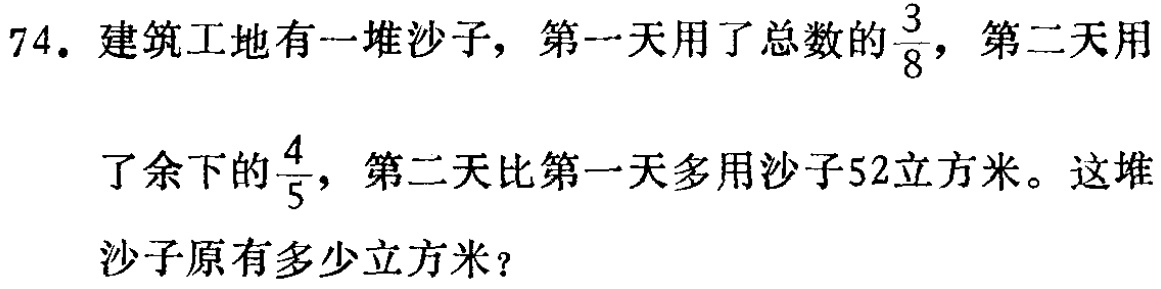
74. 建筑工地有一堆沙子，第一天用了总数的$\frac{3}{8}$，第二天用

了余下的$\frac{4}{5}$，第二天比第一天多用沙子52立方米。这堆

沙子原有多少立方米？